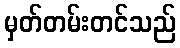
မှတ်တမ်းတင်သည်